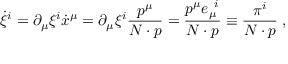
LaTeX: \dot { \xi } ^ { i } = \partial _ { \mu } \xi ^ { i } \dot { x } ^ { \mu } = \partial _ { \mu } \xi ^ { i } \frac { p ^ { \mu } } { N \cdot p } = \frac { p ^ { \mu } e _ { \mu } ^ { \; \; i } } { N \cdot p } \equiv \frac { \pi ^ { i } } { N \cdot p } \; ,